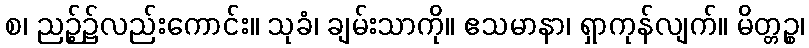
စ၊ ညဉ့်၌လည်းကောင်း။ သုခံ၊ ချမ်းသာကို။ ဧသမာနာ၊ ရှာကုန်လျက်။ မိတ္တဉ္စ၊